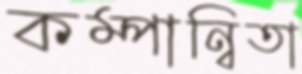
কম্পান্বিতা